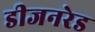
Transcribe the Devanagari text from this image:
डीजनरेड